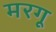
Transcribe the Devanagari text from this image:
मरगू